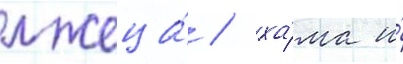
лжеца́ / ха́ма и́